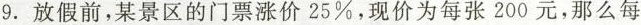
9.放假前，某景区的门票涨价25%，现价为每张200元，那么每